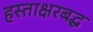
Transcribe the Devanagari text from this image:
हस्ताक्षरबद्ध